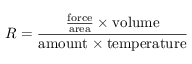
R = { \frac { { \frac { \mathrm { f o r c e } } { \mathrm { a r e a } } } \times \mathrm { v o l u m e } } { \mathrm { a m o u n t } \times \mathrm { t e m p e r a t u r e } } }